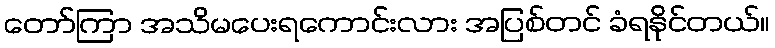
တော်ကြာ အသိမပေးရကောင်းလား အပြစ်တင် ခံရနိုင်တယ်။